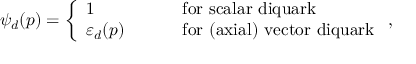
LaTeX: \psi _ { d } ( p ) = \left\{ \begin{array} { l l } { { 1 } } & { { \qquad \mathrm { ~ f o r ~ s c a l a r ~ d i q u a r k } } } \\ { { \varepsilon _ { d } ( p ) } } & { { \qquad \mathrm { ~ f o r ~ ( a x i a l ) ~ v e c t o r ~ d i q u a r k } } } \end{array} \right. ,